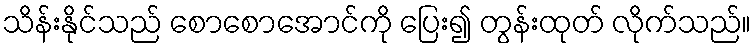
သိန်းနိုင်သည် စောစောအောင်ကို ပြေး၍ တွန်းထုတ် လိုက်သည်။